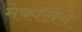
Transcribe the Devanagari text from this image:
मेकॉलेने